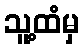
သူ့ထံမှ